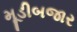
મૂડીબજાર